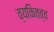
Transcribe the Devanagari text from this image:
व्यकितत्व